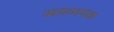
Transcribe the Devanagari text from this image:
आयव्ययक